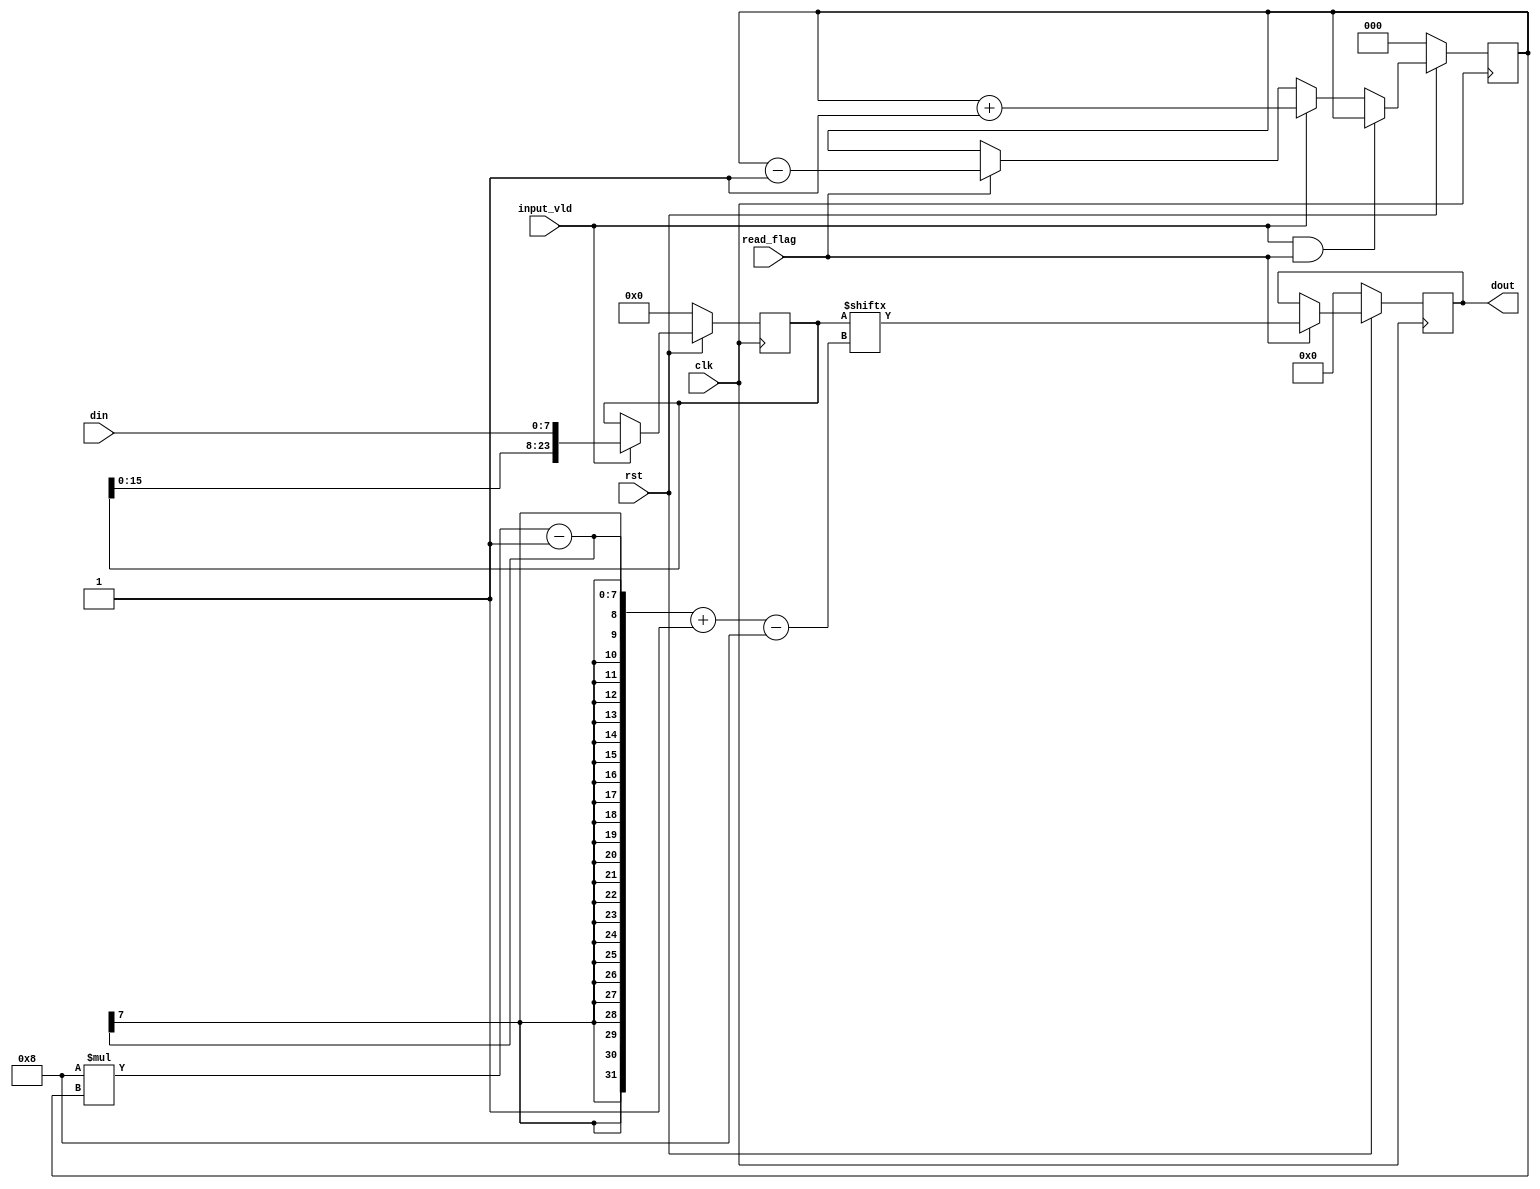

module queue_reg #(
    parameter width = 8, 
    parameter depth = 3
    )(
    input wire clk,
    input wire rst,
    input wire input_vld,
    input wire read_flag,
    input wire [width-1:0] din,
    output reg [width-1:0] dout
);

    // block ram
    // 
    reg [width*depth-1:0] qr;
    reg [$clog2(depth+1):0] raddr;    // clog2depth

    // assign dout = (read_flag==1'b1)? qr[width*raddr-1 -: width]:dout;   // vivado simulation
    // // assign dout = (read_flag==1'b1)? qr[width*(raddr+1)-1 -: width]:dout;    // quata simulation


    always@(posedge clk) begin
        if(rst == 1'b0) begin
            dout <= 0;
        end else begin
            if(read_flag == 1'b1) begin
                dout <= qr[width*raddr-1 -: width];
            end else begin
                dout <= dout;
            end
        end
    end

    always@(posedge clk) begin
        if(rst == 1'b0) begin
            qr <= 0;
        end else if(input_vld) begin
            // qr <= qr << width;
            // qr[width-1:0] <= din;
            qr <= {qr[width*(depth-1)-1:0], din};
        end else begin
            qr <= qr;
        end
    end

    always@(posedge clk) begin
        if(rst == 1'b0) begin
            raddr <= 0;
        end else begin
            if(input_vld == 1'b1 && read_flag == 1'b1) begin
                raddr <= raddr;
            end else if(input_vld == 1'b1) begin
                raddr <= raddr+1;
            end else if(read_flag == 1'b1) begin
                raddr <= raddr-1;
            end else begin
                raddr <= raddr;
            end
        end
    end

    // Dump waves
    initial begin
        $dumpfile("queue_reg.vcd");
        $dumpvars(1, queue_reg);
    end

endmodule